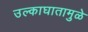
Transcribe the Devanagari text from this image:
उल्काघातामुळे